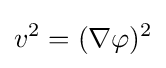
v^{2}=(\nabla \varphi )^{2}